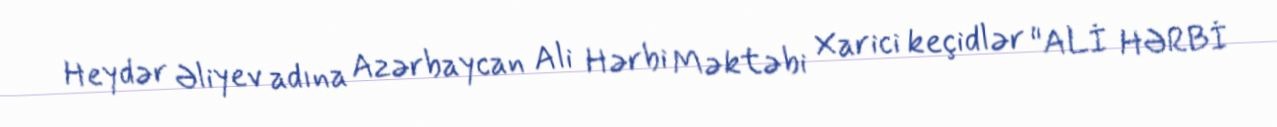
Heydər Əliyev adına Azərbaycan Ali Hərbi Məktəbi Xarici keçidlər "ALİ HƏRBİ